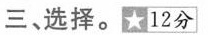
三、选择。★12分